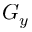
G _ { y }